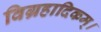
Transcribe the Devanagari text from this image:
विग्रहादिकम्।